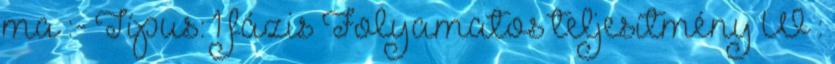
ma :- Típus: 1 fázis Folyamatos teljesítmény W :